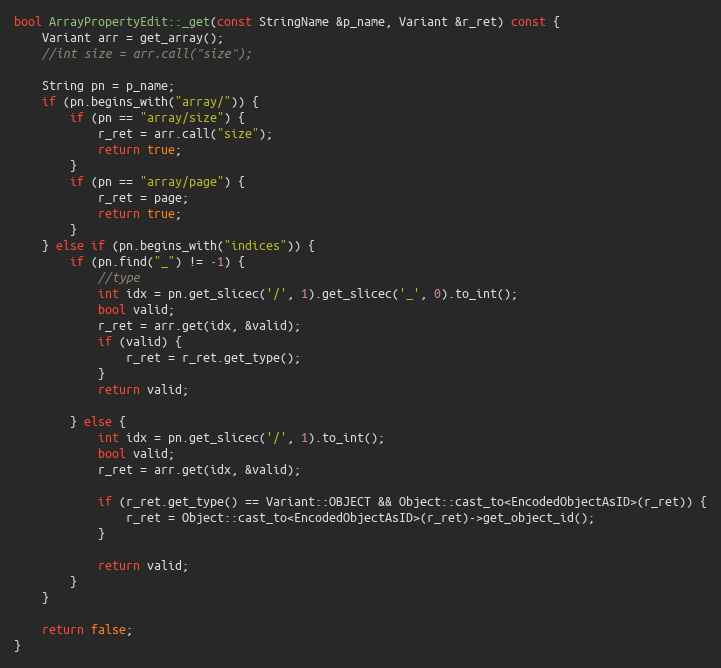
Language: C++
bool ArrayPropertyEdit::_get(const StringName &p_name, Variant &r_ret) const {
	Variant arr = get_array();
	//int size = arr.call("size");

	String pn = p_name;
	if (pn.begins_with("array/")) {
		if (pn == "array/size") {
			r_ret = arr.call("size");
			return true;
		}
		if (pn == "array/page") {
			r_ret = page;
			return true;
		}
	} else if (pn.begins_with("indices")) {
		if (pn.find("_") != -1) {
			//type
			int idx = pn.get_slicec('/', 1).get_slicec('_', 0).to_int();
			bool valid;
			r_ret = arr.get(idx, &valid);
			if (valid) {
				r_ret = r_ret.get_type();
			}
			return valid;

		} else {
			int idx = pn.get_slicec('/', 1).to_int();
			bool valid;
			r_ret = arr.get(idx, &valid);

			if (r_ret.get_type() == Variant::OBJECT && Object::cast_to<EncodedObjectAsID>(r_ret)) {
				r_ret = Object::cast_to<EncodedObjectAsID>(r_ret)->get_object_id();
			}

			return valid;
		}
	}

	return false;
}